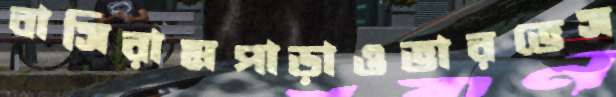
বাসিরামপাড়াওভারভেস